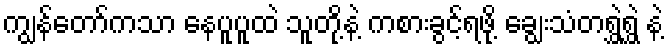
ကျွန်တော်ကသာ နေပူပူထဲ သူတို့နဲ့ ကစားခွင့်ရဖို့ ချွေးသံတရွှဲရွှဲ နဲ့